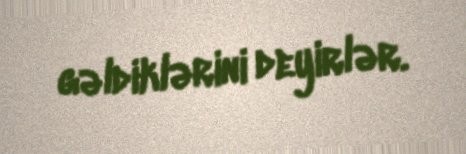
gəldiklərini deyirlər.